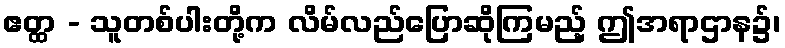
ဧတ္ထ - သူတစ်ပါးတို့က လိမ်လည်ပြောဆိုကြမည့် ဤအရာဌာန၌၊